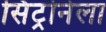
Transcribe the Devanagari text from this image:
सिंट्रोनेला